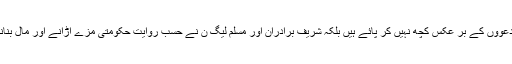
شرلف برادران اپنے انتخابی وعدوں اور دعووں کے بر عکس کچھ نہیں کر پائے ہیں بلکہ شریف برادران اور مسلم لیگ ن نے حسب روایت حکومتی مزے اڑانے اور مال بنانے جیسے منصوبے ہی تشکیل دیے ہیں ۔